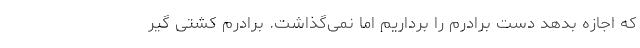
که اجازه بدهد دست برادرم را برداریم اما نمی‌گذاشت. برادرم کشتی گیر